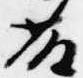
藤